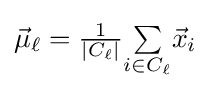
\textstyle {\vec {\mu }}_{\ell }={\frac {1}{|C_{\ell }|}}{\underset {i\in C_{\ell }}{\sum }}{\vec {x}}_{i}